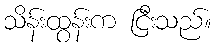
သိန်းထွန်းက ငြီးသည်။